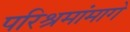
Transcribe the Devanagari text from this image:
परिश्रमांमागे